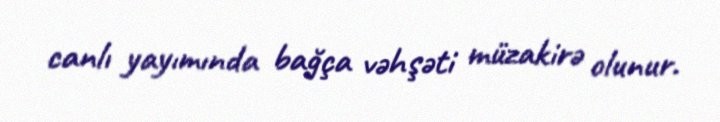
canlı yayımında bağça vəhşəti müzakirə olunur.